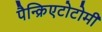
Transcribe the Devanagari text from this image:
पैन्क्रिएटोटोमी